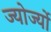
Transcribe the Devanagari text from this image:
ज्योर्ज्यो